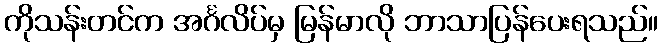
ကိုသန်းတင်က အင်္ဂလိပ်မှ မြန်မာလို ဘာသာပြန်ပေးရသည်။